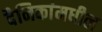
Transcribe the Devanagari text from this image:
दैनिकांमधील